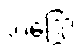
ဘဒြော